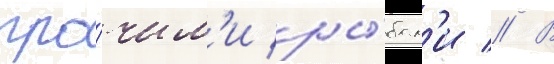
про́чим'и ры́бам'и // В